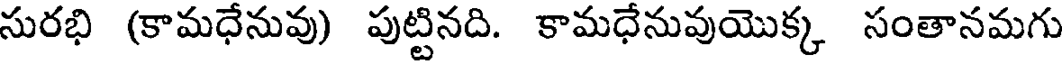
సురభి (కామధేనువు) పుట్టినది. కామధేనువుయొక్క సంతానమగు